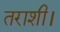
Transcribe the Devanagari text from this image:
तराशी।